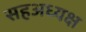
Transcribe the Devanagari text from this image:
सहअध्यक्ष